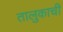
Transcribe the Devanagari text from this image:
तालुकाची